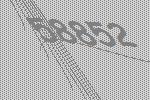
58852